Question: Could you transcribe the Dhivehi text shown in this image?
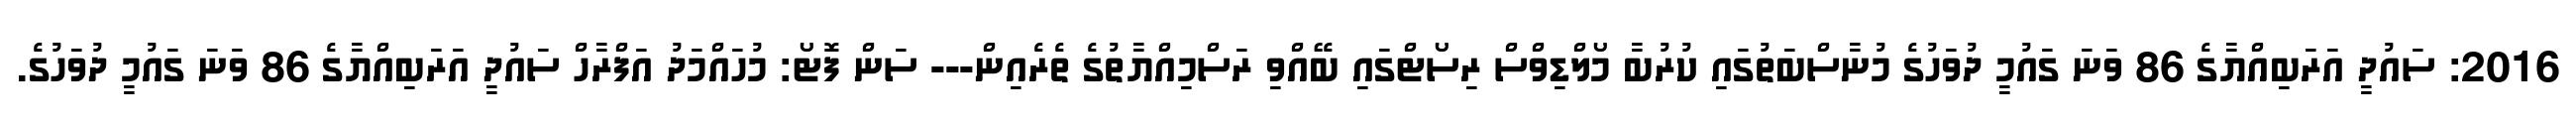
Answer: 2016: ސައުދީ އަރަބިއްޔާގެ 86 ވަނަ ގައުމީ ދުވަހުގެ މުނާސްބަތުގައި ކުރުބާ މޯލްޑިވްސް ރިސޯޓްގައި ބޭއްވި ރަސްމިއްޔާތުގެ ތެރެއިން--- ސަން ފޮޓޯ: މުހައްމަދު އަފްރާހް ސައުދީ އަރަބިއްޔާގެ 86 ވަނަ ގައުމީ ދުވަހުގެ.